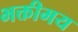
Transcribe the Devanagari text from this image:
भक्तीमय